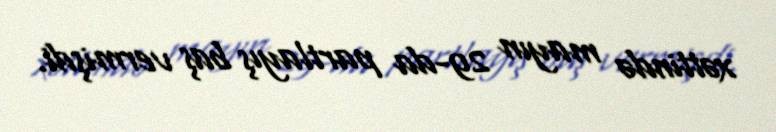
xəttində mayın 29-da partlayış baş vermişdi.